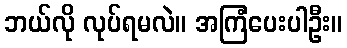
ဘယ်လို လုပ်ရမလဲ။ အကြံပေးပါဦး။